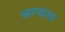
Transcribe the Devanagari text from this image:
अग्बाला